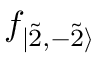
f _ { | \Tilde { 2 } , - \Tilde { 2 } \rangle }